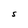
Character: S